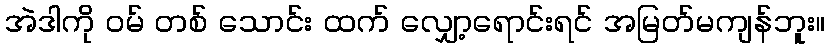
အဲဒါကို ဝမ် တစ် သောင်း ထက် လျှော့ရောင်းရင် အမြတ်မကျန်ဘူး။